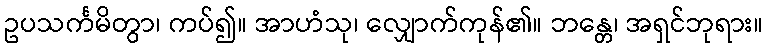
ဥပသင်္ကမိတွာ၊ ကပ်၍။ အာဟံသု၊ လျှောက်ကုန်၏။ ဘန္တေ၊ အရှင်ဘုရား။